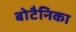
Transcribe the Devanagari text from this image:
बोटैनिका